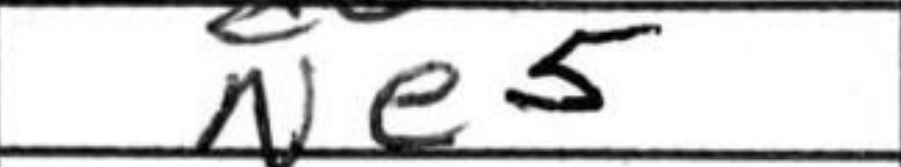
Transcription: Ne5